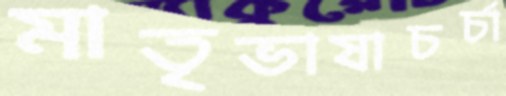
মাতৃভাষাচর্চা